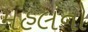
મહલનો